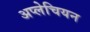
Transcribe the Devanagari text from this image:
अप्लेचियन